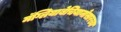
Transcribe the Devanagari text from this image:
मॅग्लियाबेचियानोसारख्या